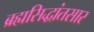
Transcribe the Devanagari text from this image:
ब्रह्मसिद्धांतसार